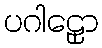
ပဂါဠှော